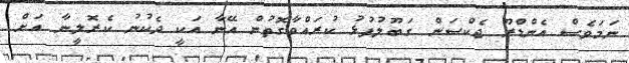
ނަމަވެސް އެންޑްރޫ ޖެކްސަން ގަބޫލުފުޅު ކުރައްވާގޮތުން އޭނާ އަކީ ދެކުނު ކެރޮލީނާ އަށް